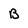
Character: B